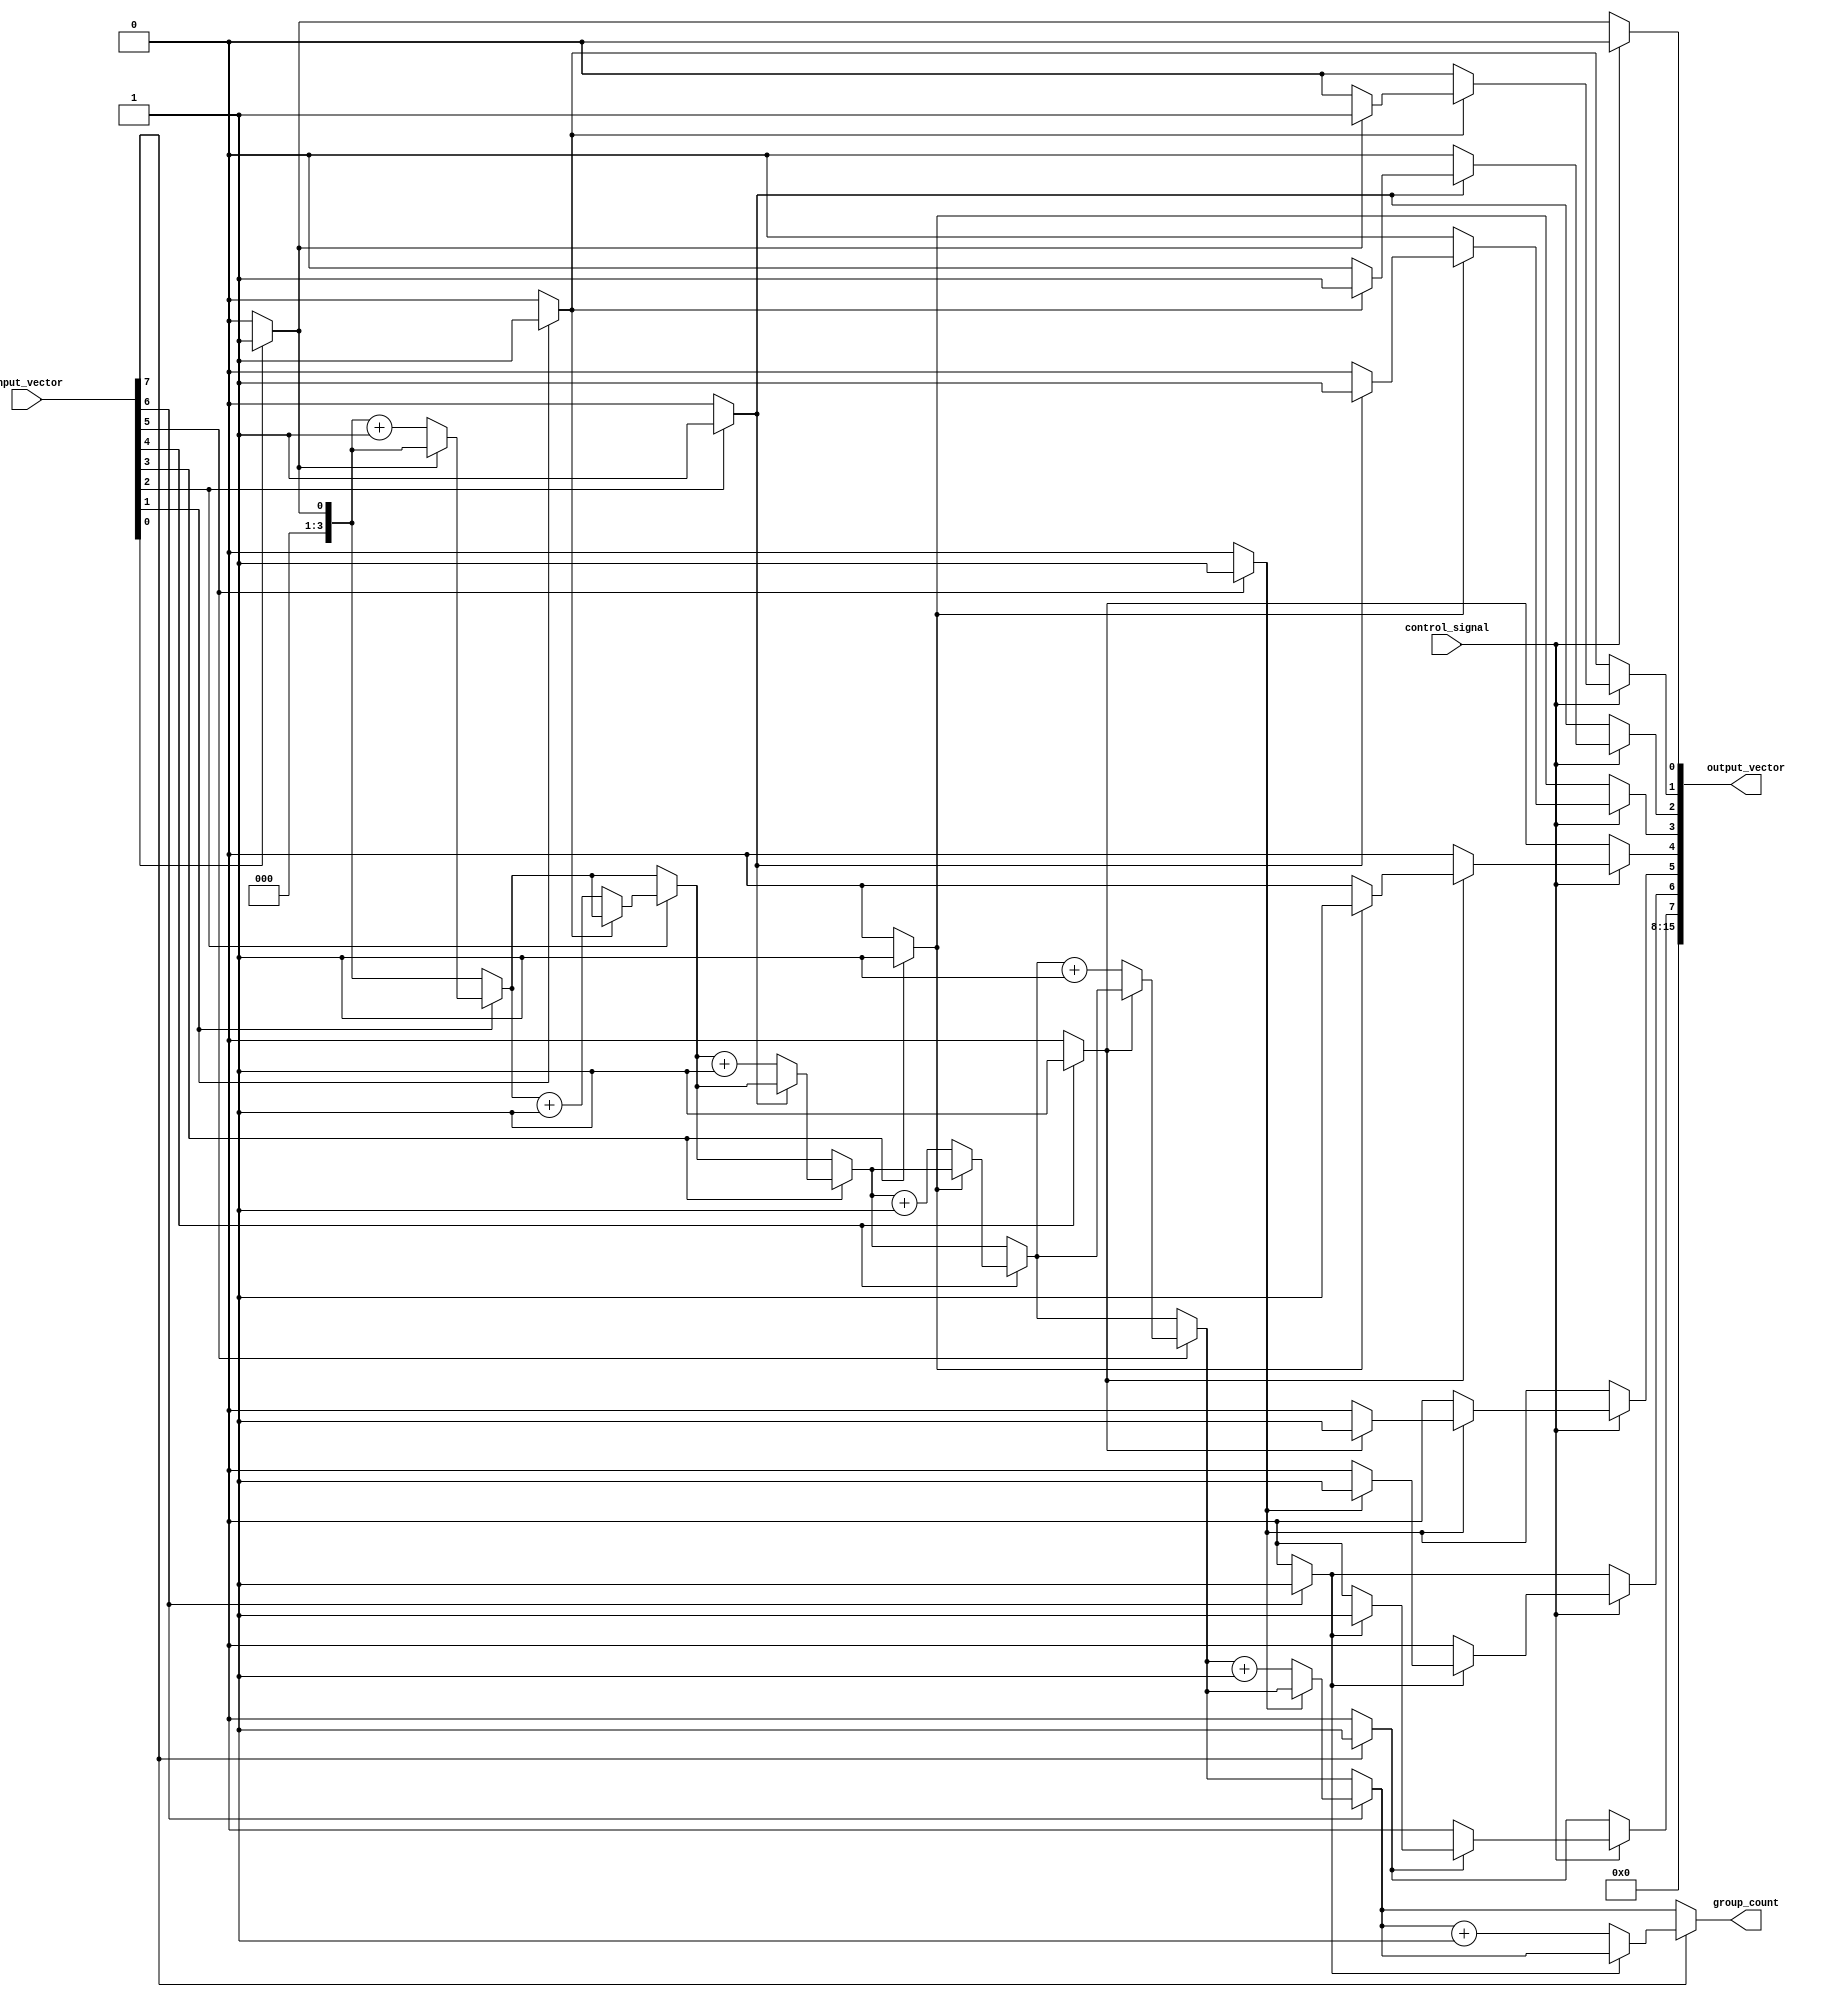
module grouping_of_ones #(
    parameter N = 8, // Size of input vector
    parameter M = 16 // Size of output vector (adjust as needed)
)(
    input  wire [N-1:0] input_vector, // Input binary vector
    input  wire         control_signal, // Control signal for grouping behavior
    output reg  [M-1:0] output_vector, // Output vector for grouped '1's
    output reg  [3:0]   group_count      // Count of groups found
);

    integer i;
    reg [N-1:0] temp_vector;
    reg in_group;

    always @(*) begin
        // Initialize outputs
        output_vector = 0;
        group_count = 0;
        in_group = 0;
        temp_vector = 0;

        // Scan through the input vector
        for (i = 0; i < N; i = i + 1) begin
            if (input_vector[i] == 1'b1) begin
                // If we are not already in a group, we found a new group
                if (!in_group) begin
                    in_group = 1;
                    group_count = group_count + 1;
                    // Store the starting position of the group
                    temp_vector[i] = 1'b1; // Mark the start of the group
                end
                // Continue marking the group
                temp_vector[i] = 1'b1; // Mark the group
            end else begin
                // If we encounter a '0' and were in a group, end the group
                if (in_group) begin
                    in_group = 0;
                end
            end
        end

        // Filter based on control signal if needed
        if (control_signal) begin
            // Example: Only include groups of two or more
            output_vector = 0; // Reset output vector
            for (i = 0; i < N; i = i + 1) begin
                if (temp_vector[i] == 1'b1) begin
                    // Check if this is part of a valid group
                    if (i > 0 && temp_vector[i-1] == 1'b1) begin
                        output_vector[i] = 1'b1; // Include in output
                    end
                end
            end
        end else begin
            // If control signal is not set, output all groups
            output_vector = temp_vector;
        end
    end

endmodule